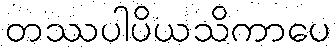
တဿပါပိယသိကာပေ